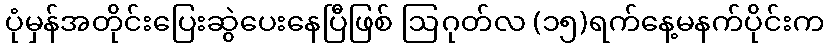
ပုံမှန်အတိုင်းပြေးဆွဲပေးနေပြီဖြစ် ဩဂုတ်လ (၁၅)ရက်နေ့မနက်ပိုင်းက